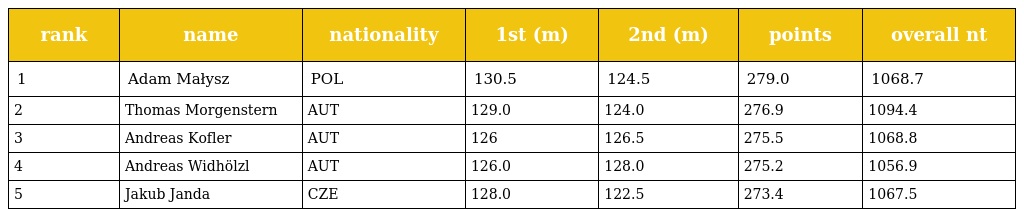
| rank | name | nationality | 1st (m) | 2nd (m) | points | overall nt |
 | --- | --- | --- | --- | --- | --- | --- |
 | 1 | Adam Małysz | POL | 130.5 | 124.5 | 279.0 | 1068.7 |
 | 2 | Thomas Morgenstern | AUT | 129.0 | 124.0 | 276.9 | 1094.4 |
 | 3 | Andreas Kofler | AUT | 126 | 126.5 | 275.5 | 1068.8 |
 | 4 | Andreas Widhölzl | AUT | 126.0 | 128.0 | 275.2 | 1056.9 |
 | 5 | Jakub Janda | CZE | 128.0 | 122.5 | 273.4 | 1067.5 |